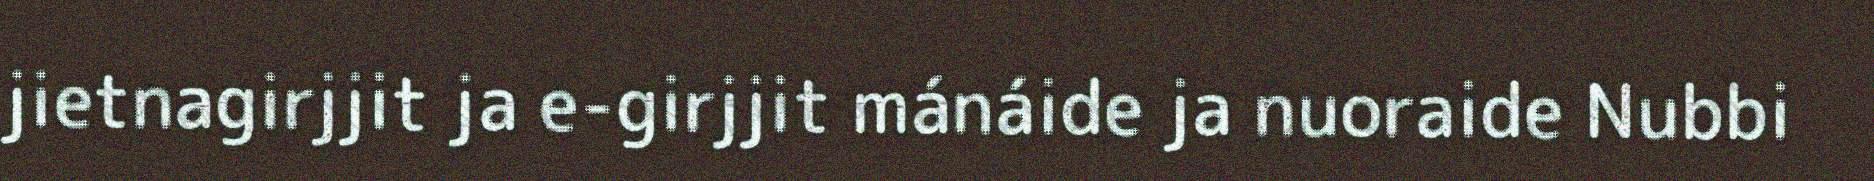
jietnagirjjit ja e-girjjit mánáide ja nuoraide Nubbi